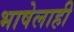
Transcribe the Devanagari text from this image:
भाषेलाही